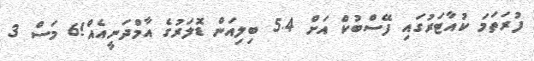
ފުރަތަމަ ކުއާޓަރުގައި ފޭސްބުކް އަށް 5.4 ބިލިއަން ޑޮލަރުގެ އާމްދަނީއެއް!6 މަސް 3